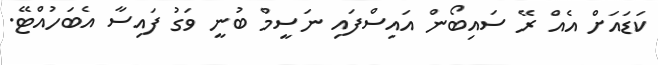
ކަޑައަށް އެއް ރޭ ސައިބޯން އައިސްފައި ނަސީމް ބުނީ ވަގު ފައިސާ އެބަހުއްޓޭ.